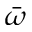
\bar { \omega }